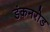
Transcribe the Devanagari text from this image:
डंकनरोड